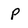
Character: P